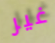
غير